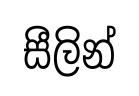
සීලින්